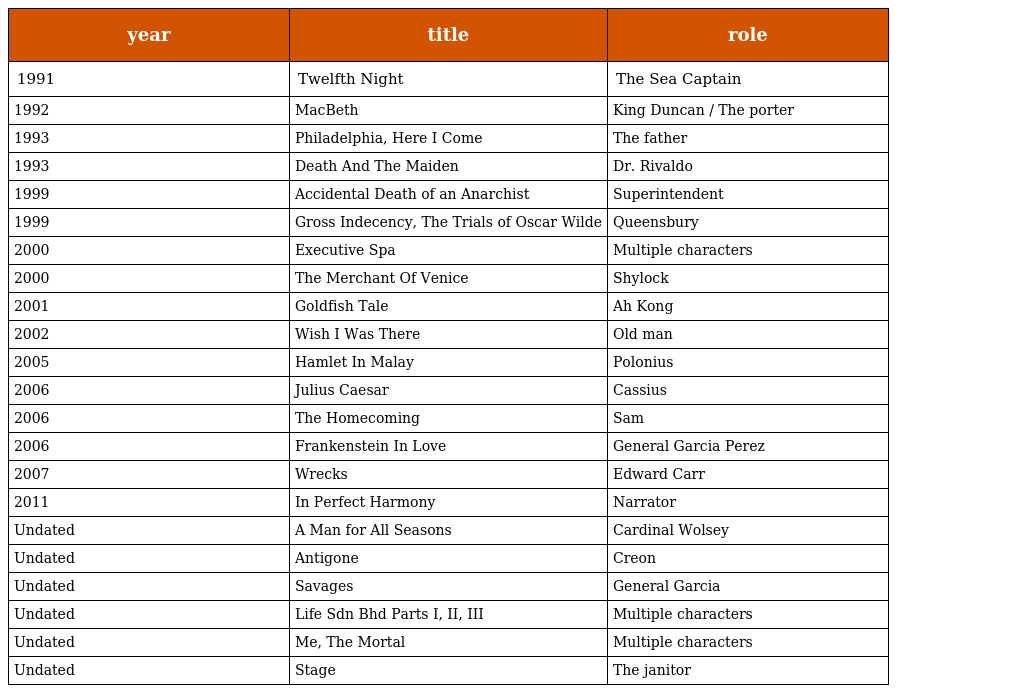
| year | title | role |
 | --- | --- | --- |
 | 1991 | Twelfth Night | The Sea Captain |
 | 1992 | MacBeth | King Duncan / The porter |
 | 1993 | Philadelphia, Here I Come | The father |
 | 1993 | Death And The Maiden | Dr. Rivaldo |
 | 1999 | Accidental Death of an Anarchist | Superintendent |
 | 1999 | Gross Indecency, The Trials of Oscar Wilde | Queensbury |
 | 2000 | Executive Spa | Multiple characters |
 | 2000 | The Merchant Of Venice | Shylock |
 | 2001 | Goldfish Tale | Ah Kong |
 | 2002 | Wish I Was There | Old man |
 | 2005 | Hamlet In Malay | Polonius |
 | 2006 | Julius Caesar | Cassius |
 | 2006 | The Homecoming | Sam |
 | 2006 | Frankenstein In Love | General Garcia Perez |
 | 2007 | Wrecks | Edward Carr |
 | 2011 | In Perfect Harmony | Narrator |
 | Undated | A Man for All Seasons | Cardinal Wolsey |
 | Undated | Antigone | Creon |
 | Undated | Savages | General Garcia |
 | Undated | Life Sdn Bhd Parts I, II, III | Multiple characters |
 | Undated | Me, The Mortal | Multiple characters |
 | Undated | Stage | The janitor |